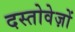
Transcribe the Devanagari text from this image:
दस्‍तोवेज़ों